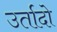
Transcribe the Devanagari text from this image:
उर्तादो